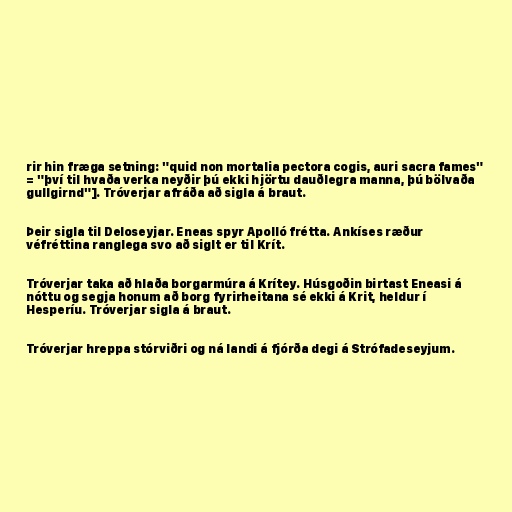
rir hin fræga setning: "quid non mortalia pectora cogis, auri sacra fames"
= "því til hvaða verka neyðir þú ekki hjörtu dauðlegra manna, þú bölvaða
gullgirnd"]. Tróverjar afráða að sigla á braut.

Þeir sigla til Deloseyjar. Eneas spyr Apolló frétta. Ankíses ræður
véfréttina ranglega svo að siglt er til Krít.

Tróverjar taka að hlaða borgarmúra á Krítey. Húsgoðin birtast Eneasi á
nóttu og segja honum að borg fyrirheitana sé ekki á Krit, heldur í
Hesperíu. Tróverjar sigla á braut.

Tróverjar hreppa stórviðri og ná landi á fjórða degi á Strófadeseyjum.